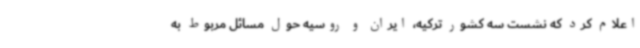
اعلام کرد که نشست سه کشور ترکیه، ایران و روسیه حول مسائل مربوط به